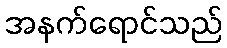
အနက်ရောင်သည်